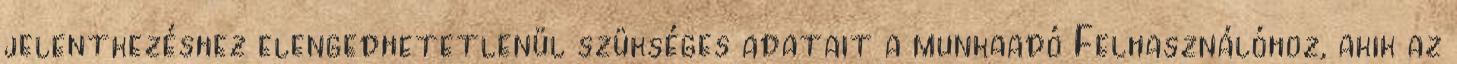
jelentkezéshez elengedhetetlenül szükséges adatait a munkaadó Felhasználóhoz, akik az